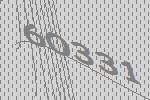
60331